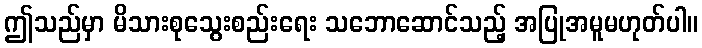
ဤသည်မှာ မိသားစုသွေးစည်းရေး သဘောဆောင်သည့် အပြုအမူမဟုတ်ပါ။